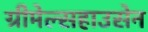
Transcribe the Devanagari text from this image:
ग्रीमेल्सहाउसेन